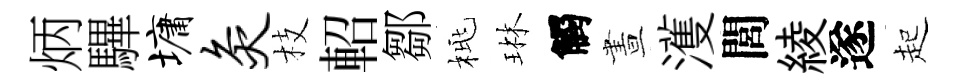
炳驆墉灸枝軺鄒桃琳觸晝濩閭綾遂起